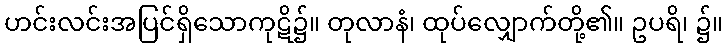
ဟင်းလင်းအပြင်ရှိသောကုဋိ၌။ တုလာနံ၊ ထုပ်လျှောက်တို့၏။ ဥပရိ၊ ၌။